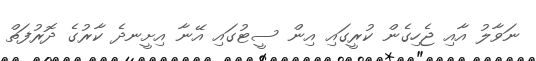
ނަވާލު އާއި ޖެހިގެން ކުރީގައި އިން ސީޓުގައި އޭނާ އިށީނދެ ކާރުގެ ދޮރުފަތް